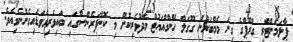
ޕާލަމެންޓްރީ ގްރޫޕްގެ ގިނަ މެމްބަރުން ގޫގަލް ހޭންގްއައުޓް މެދުވެރިކޮށް މި ކޮންފަރެންސްގައި ބައިވެރިވެވަޑައިގެންނެވިއެވެ.